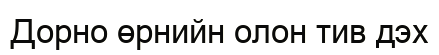
Дорно өрнийн олон тив дэх